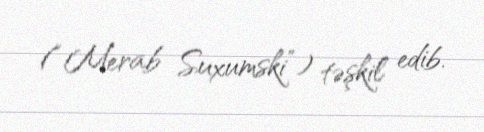
(“Merab Suxumski”) təşkil edib.